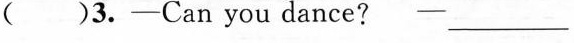
()3.-Can you dance? - ___